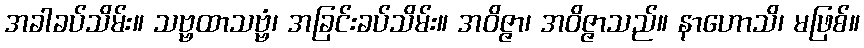
အခါခပ်သိမ်း။ သဗ္ဗထာသဗ္ဗံ၊ အခြင်းခပ်သိမ်း။ အဝိဇ္ဇာ၊ အဝိဇ္ဇာသည်။ နာဟောသိ၊ မဖြစ်။